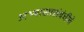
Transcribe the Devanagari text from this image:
अभ्यासासंबंधीचे